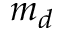
m _ { d }